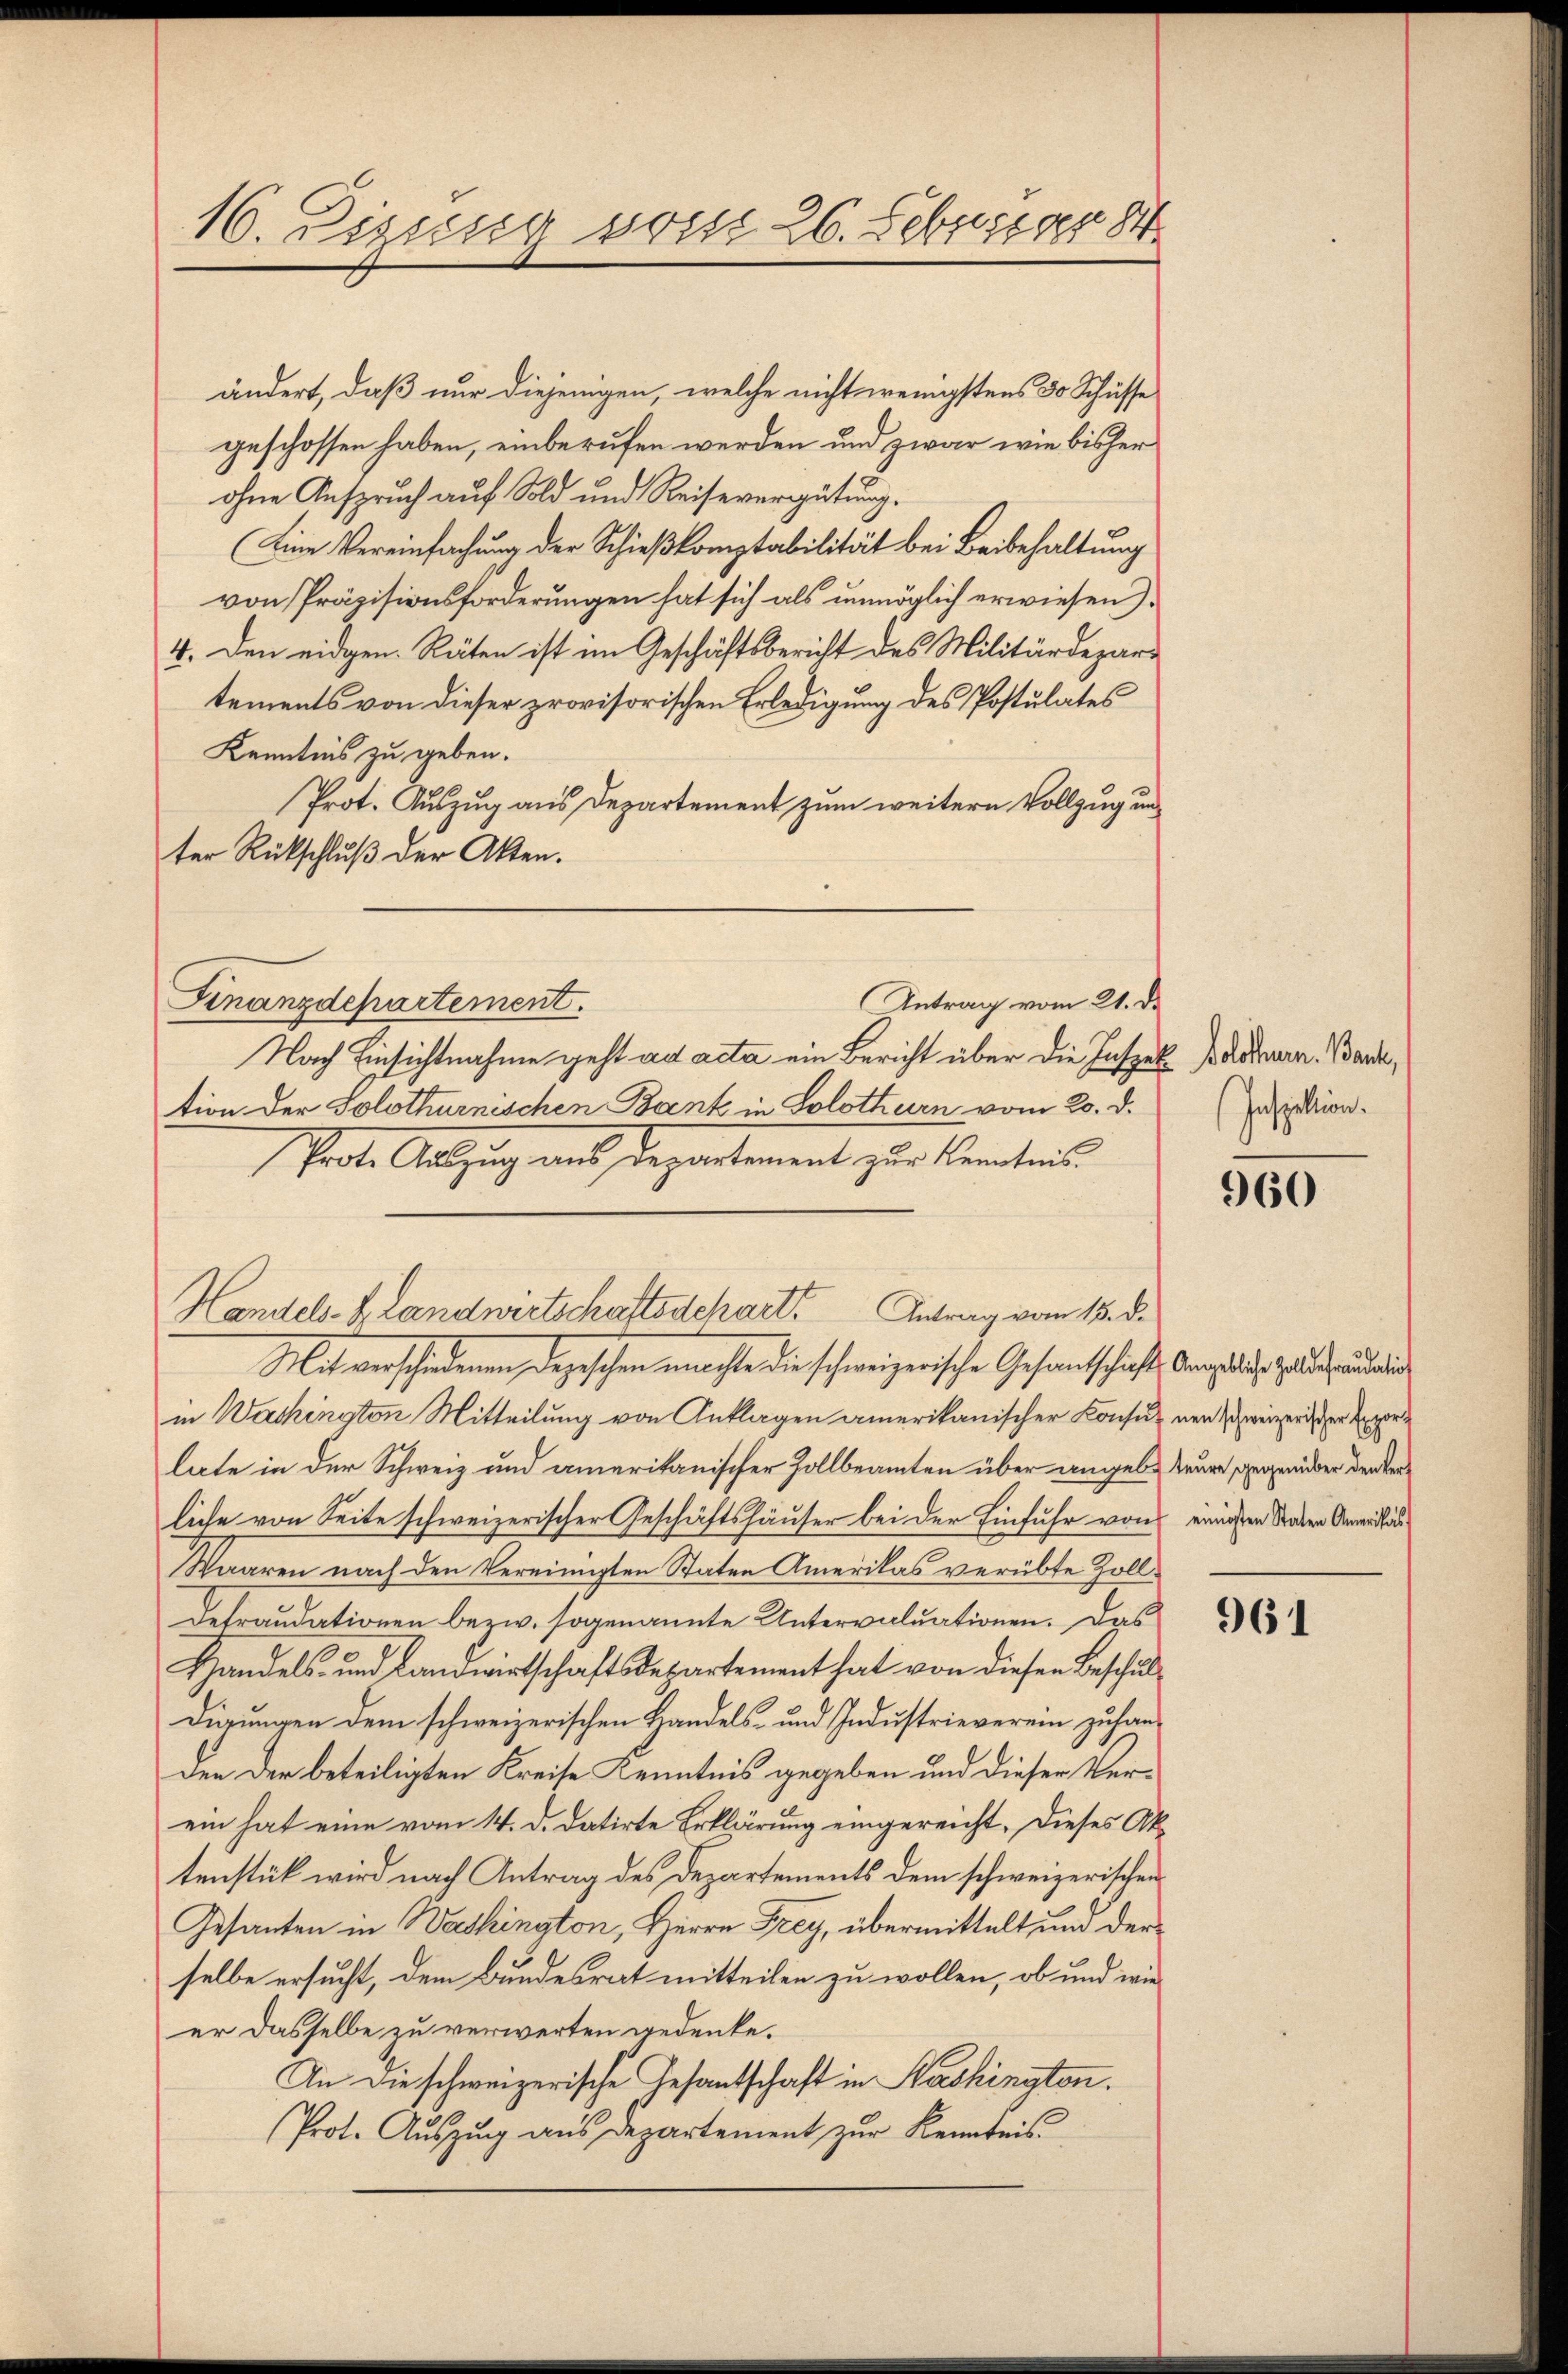
16. Disseur posse 26. Febr 84

ändert, daß nur diejenigen, welche nicht wenigstens 30 Schüsse
geschossen haben, einberufen werden und zwar wie bisher
ohne Anspruch auf Sold und Reisevergütung.
Eine Vereinfachung der Schießkomptabilität bei Beibehaltung
von Präzisionsforderungen hat sich als unmöglich erwiesen),
4. Den eidgen. Räten ist im Geschäftsbericht des Militärdepartements von dieser provisorischen Erledigung des Postulates
Kenntnis zu geben.
Prot. Auszug aus Departement zum weitern Vollzug unter Rückschluß der Akten.
Antrag vom 21. d.
Finanzdepartement.
Nach Einsichtnahme geht ad acta ein Bericht über die Inspek Bildnern. Band,
tion der Solothurnischen Bank in Solothurn vom 20. d.
Prote Auszug aus Departement zur Kenntnis

Handels- & Landwirtschaftsschart. Antrag vom 15. d.

Mit verschiedenen Depeschen machte die schweizerische Gesandtschieht, Argliche Zollaudati
in Wachington Mitteilung von Anklagen amerikanischer Konsul ne schweizend der Er
late in der Schweiz und amerikanischer Zollbeamten über angebe, teure, gegenüber denkerliche von Seite schweizerischer Geschäftshäuser bei der Einfuhr von einigten Staden Anweidli
Waaren nach den Vereinigten Staten Amerikas verübte Zoll¬
Defraudationen bezw. sogenannte Untervaluationen. Das
Handels- und Landwirtschaftsdepartement hat von diesen Beschuldigungen dem schweizerischen Handels- und Industrieverein zuhanden der beteiligten Kreise Kenntnis gegeben und dieser Verein hat eine vom 14. d. datirte Erklärung eingereicht. Dieses Aktenstück wird nach Antrag des Departements dem schweizerischen
Gesanten in Washington, Herrn Frey, übermittelt und der
selbe ersucht, dem Bundesrat mitteilen zu wollen, ob und wie
er dasselbe zu verwerten Bedenke.
An die schweizerische Gesantschaft in Washingten.
Prot. Aŭszŭg aŭs departement zŭr Kenntnis

Inspektion.

960

961